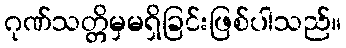
ဂုဏ်သတ္တိမှမရှိခြင်းဖြစ်ပါသည်။